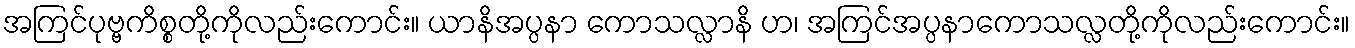
အကြင်ပုဗ္ဗကိစ္စတို့ကိုလည်းကောင်း။ ယာနိအပ္ပနာ ကောသလ္လာနိ ဟ၊ အကြင်အပ္ပနာကောသလ္လတို့ကိုလည်းကောင်း။